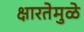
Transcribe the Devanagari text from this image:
क्षारतेमुळे